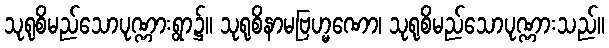
သုရုစိမည်သောပုဏ္ဏားရွာ၌။ သုရုစိနာမဗြဟ္မဏော၊ သုရုစိမည်သောပုဏ္ဏားသည်။